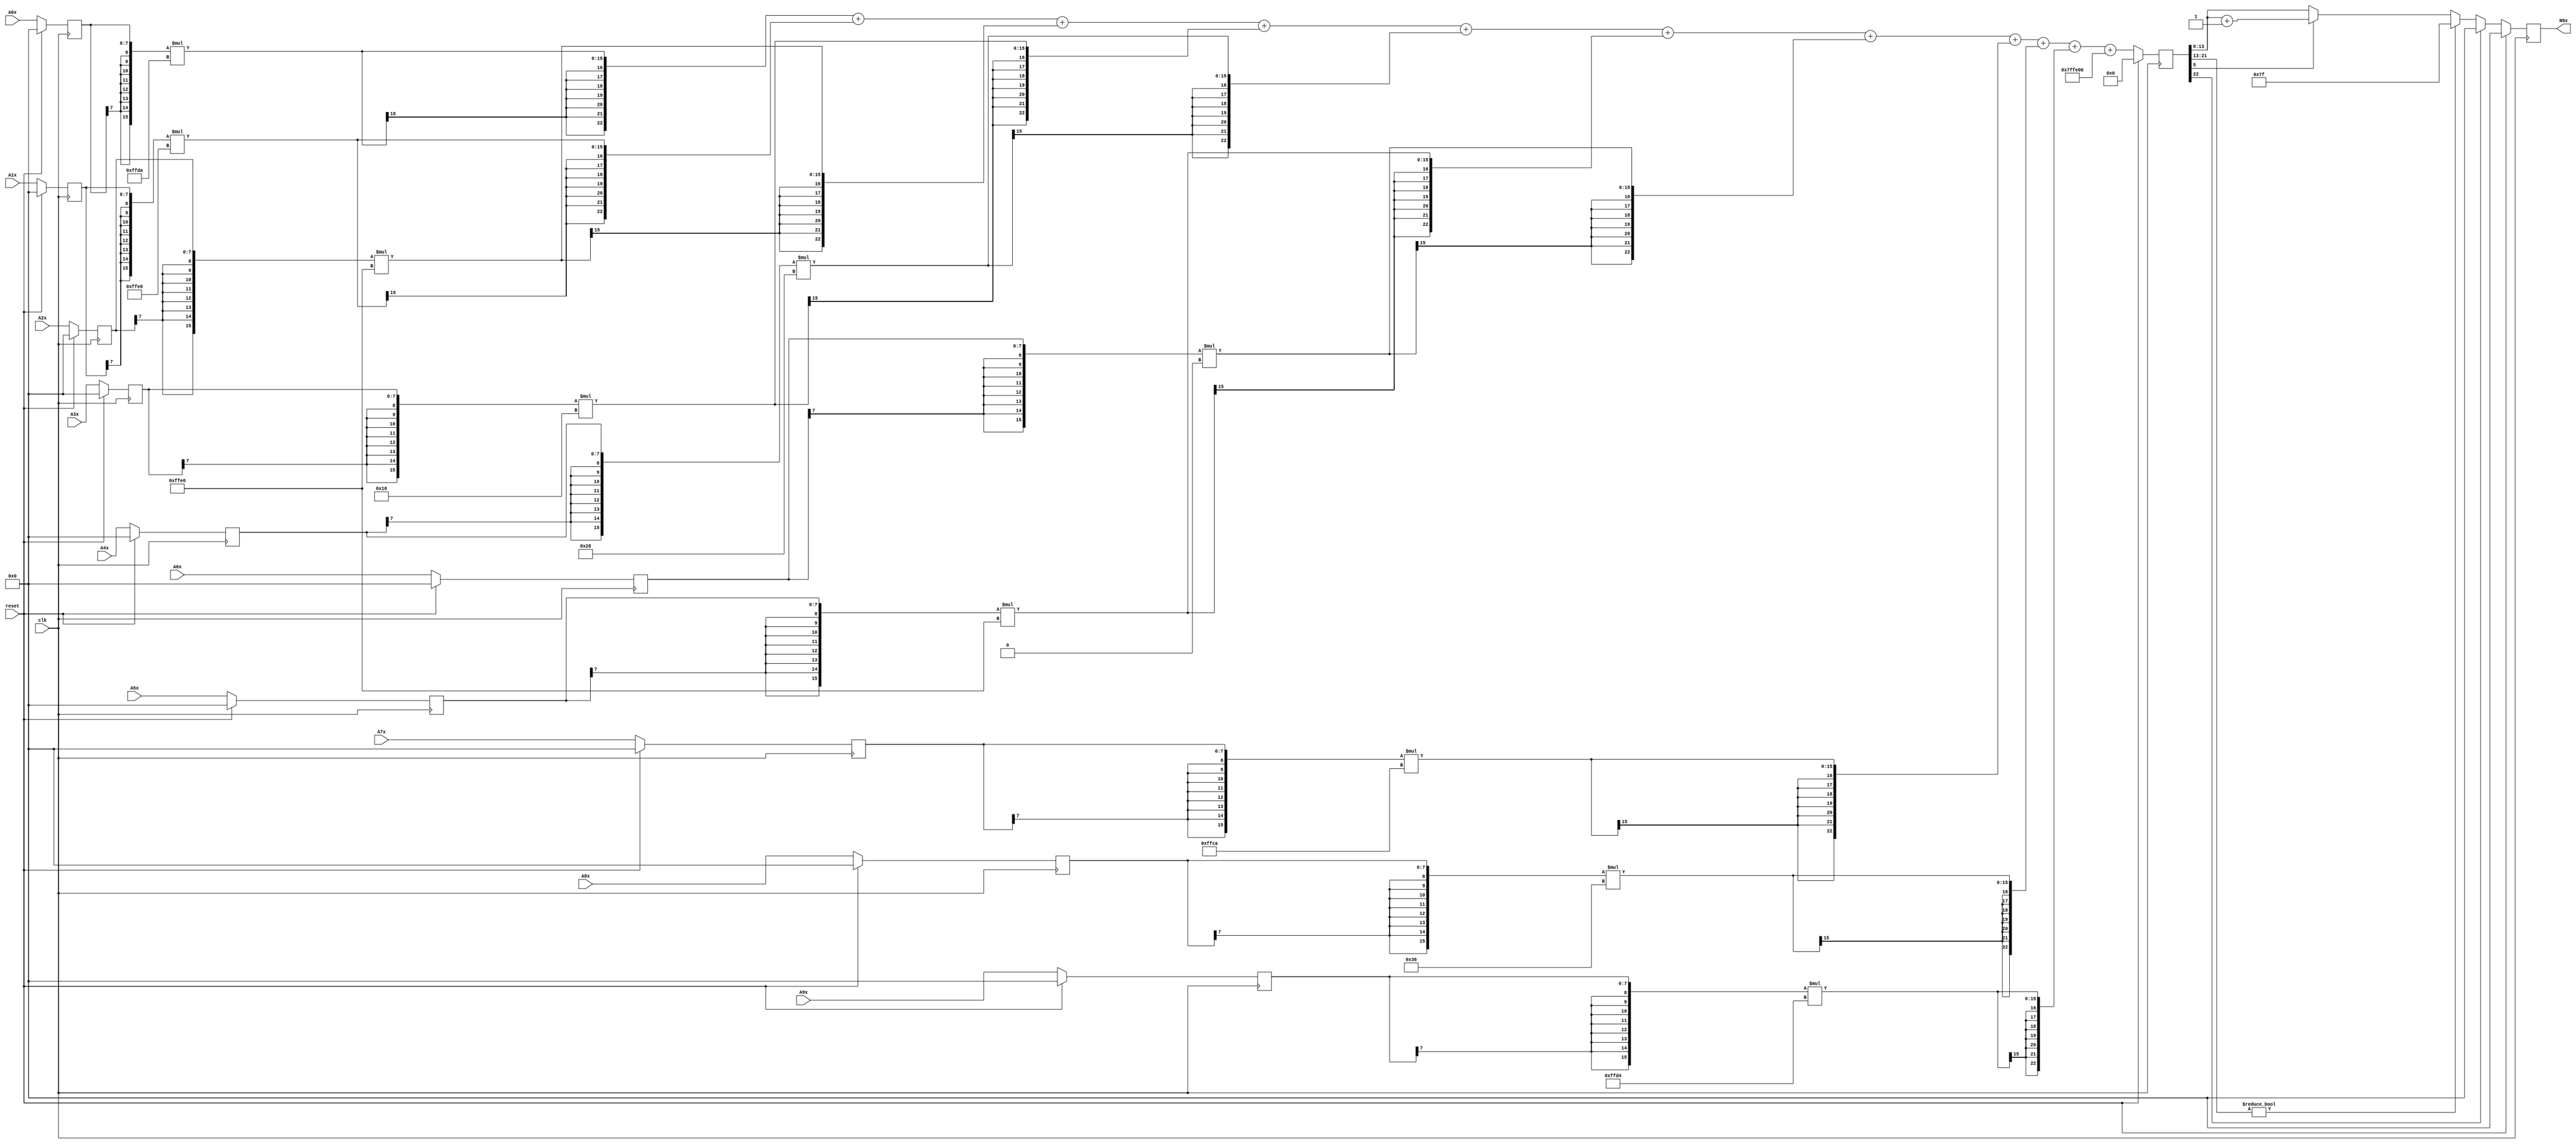
module node_3_9(clk,reset,N9x,A0x,A1x,A2x,A3x,A4x,A5x,A6x,A7x,A8x,A9x);
	input clk;
	input reset;
	input [7:0] A0x, A1x, A2x, A3x, A4x, A5x, A6x, A7x, A8x, A9x;
	reg [7:0] A0x_c, A1x_c, A2x_c, A3x_c, A4x_c, A5x_c, A6x_c, A7x_c, A8x_c, A9x_c;
	wire [15:0] sum0x, sum1x, sum2x, sum3x, sum4x, sum5x, sum6x, sum7x, sum8x, sum9x;
	output reg [7:0] N9x;
	reg [22:0] sumout;

	parameter [7:0] W0x=-8'd38;
	parameter [7:0] W1x=-8'd32;
	parameter [7:0] W2x=-8'd26;
	parameter [7:0] W3x=8'd16;
	parameter [7:0] W4x=8'd40;
	parameter [7:0] W5x=-8'd26;
	parameter [7:0] W6x=8'd0;
	parameter [7:0] W7x=-8'd54;
	parameter [7:0] W8x=8'd54;
	parameter [7:0] W9x=-8'd44;
	parameter [15:0] B0x=-16'd512;


	assign sum0x = {A0x_c[7],A0x_c[7],A0x_c[7],A0x_c[7],A0x_c[7],A0x_c[7],A0x_c[7],A0x_c[7],A0x_c}*{W0x[7],W0x[7],W0x[7],W0x[7],W0x[7],W0x[7],W0x[7],W0x[7],W0x};
	assign sum1x = {A1x_c[7],A1x_c[7],A1x_c[7],A1x_c[7],A1x_c[7],A1x_c[7],A1x_c[7],A1x_c[7],A1x_c}*{W1x[7],W1x[7],W1x[7],W1x[7],W1x[7],W1x[7],W1x[7],W1x[7],W1x};
	assign sum2x = {A2x_c[7],A2x_c[7],A2x_c[7],A2x_c[7],A2x_c[7],A2x_c[7],A2x_c[7],A2x_c[7],A2x_c}*{W2x[7],W2x[7],W2x[7],W2x[7],W2x[7],W2x[7],W2x[7],W2x[7],W2x};
	assign sum3x = {A3x_c[7],A3x_c[7],A3x_c[7],A3x_c[7],A3x_c[7],A3x_c[7],A3x_c[7],A3x_c[7],A3x_c}*{W3x[7],W3x[7],W3x[7],W3x[7],W3x[7],W3x[7],W3x[7],W3x[7],W3x};
	assign sum4x = {A4x_c[7],A4x_c[7],A4x_c[7],A4x_c[7],A4x_c[7],A4x_c[7],A4x_c[7],A4x_c[7],A4x_c}*{W4x[7],W4x[7],W4x[7],W4x[7],W4x[7],W4x[7],W4x[7],W4x[7],W4x};
	assign sum5x = {A5x_c[7],A5x_c[7],A5x_c[7],A5x_c[7],A5x_c[7],A5x_c[7],A5x_c[7],A5x_c[7],A5x_c}*{W5x[7],W5x[7],W5x[7],W5x[7],W5x[7],W5x[7],W5x[7],W5x[7],W5x};
	assign sum6x = {A6x_c[7],A6x_c[7],A6x_c[7],A6x_c[7],A6x_c[7],A6x_c[7],A6x_c[7],A6x_c[7],A6x_c}*{W6x[7],W6x[7],W6x[7],W6x[7],W6x[7],W6x[7],W6x[7],W6x[7],W6x};
	assign sum7x = {A7x_c[7],A7x_c[7],A7x_c[7],A7x_c[7],A7x_c[7],A7x_c[7],A7x_c[7],A7x_c[7],A7x_c}*{W7x[7],W7x[7],W7x[7],W7x[7],W7x[7],W7x[7],W7x[7],W7x[7],W7x};
	assign sum8x = {A8x_c[7],A8x_c[7],A8x_c[7],A8x_c[7],A8x_c[7],A8x_c[7],A8x_c[7],A8x_c[7],A8x_c}*{W8x[7],W8x[7],W8x[7],W8x[7],W8x[7],W8x[7],W8x[7],W8x[7],W8x};
	assign sum9x = {A9x_c[7],A9x_c[7],A9x_c[7],A9x_c[7],A9x_c[7],A9x_c[7],A9x_c[7],A9x_c[7],A9x_c}*{W9x[7],W9x[7],W9x[7],W9x[7],W9x[7],W9x[7],W9x[7],W9x[7],W9x};

	always@(posedge clk) begin

		if(reset)
			begin
			N9x<=8'd0;
			sumout<=16'd0;
			A0x_c <= 8'd0;
			A1x_c <= 8'd0;
			A2x_c <= 8'd0;
			A3x_c <= 8'd0;
			A4x_c <= 8'd0;
			A5x_c <= 8'd0;
			A6x_c <= 8'd0;
			A7x_c <= 8'd0;
			A8x_c <= 8'd0;
			A9x_c <= 8'd0;
			end
		else
			begin
			A0x_c <= A0x;
			A1x_c <= A1x;
			A2x_c <= A2x;
			A3x_c <= A3x;
			A4x_c <= A4x;
			A5x_c <= A5x;
			A6x_c <= A6x;
			A7x_c <= A7x;
			A8x_c <= A8x;
			A9x_c <= A9x;
			sumout<={sum0x[15],sum0x[15],sum0x[15],sum0x[15],sum0x[15],sum0x[15],sum0x[15],sum0x}+{sum1x[15],sum1x[15],sum1x[15],sum1x[15],sum1x[15],sum1x[15],sum1x[15],sum1x}+{sum2x[15],sum2x[15],sum2x[15],sum2x[15],sum2x[15],sum2x[15],sum2x[15],sum2x}+{sum3x[15],sum3x[15],sum3x[15],sum3x[15],sum3x[15],sum3x[15],sum3x[15],sum3x}+{sum4x[15],sum4x[15],sum4x[15],sum4x[15],sum4x[15],sum4x[15],sum4x[15],sum4x}+{sum5x[15],sum5x[15],sum5x[15],sum5x[15],sum5x[15],sum5x[15],sum5x[15],sum5x}+{sum6x[15],sum6x[15],sum6x[15],sum6x[15],sum6x[15],sum6x[15],sum6x[15],sum6x}+{sum7x[15],sum7x[15],sum7x[15],sum7x[15],sum7x[15],sum7x[15],sum7x[15],sum7x}+{sum8x[15],sum8x[15],sum8x[15],sum8x[15],sum8x[15],sum8x[15],sum8x[15],sum8x}+{sum9x[15],sum9x[15],sum9x[15],sum9x[15],sum9x[15],sum9x[15],sum9x[15],sum9x}+{B0x[15],B0x[15],B0x[15],B0x[15],B0x[15],B0x[15],B0x[15],B0x};

			if(sumout[22]==0)
				begin
				if(sumout[21:13]!=9'b0)
					N9x<=8'd127;
				else
					begin
					if(sumout[5]==1)
						N9x<=sumout[13:6]+8'd1;
					else
						N9x<=sumout[13:6];
					end
				end
			else
				N9x<=8'd0;
			end
		end
endmodule